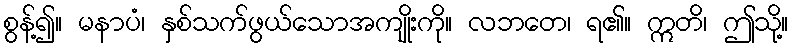
စွန့်၍။ မနာပံ၊ နှစ်သက်ဖွယ်သောအကျိုးကို။ လဘတေ၊ ရ၏။ ဣတိ၊ ဤသို့။